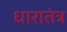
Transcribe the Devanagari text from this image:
धारातंत्र